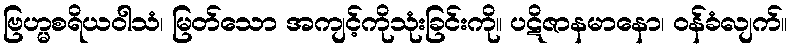
ဗြဟ္မစရိယဝါသံ၊ မြတ်သော အကျင့်ကိုသုံးခြင်းကို။ ပဋိဇာနမာနော၊ ဝန်ခံလျက်။